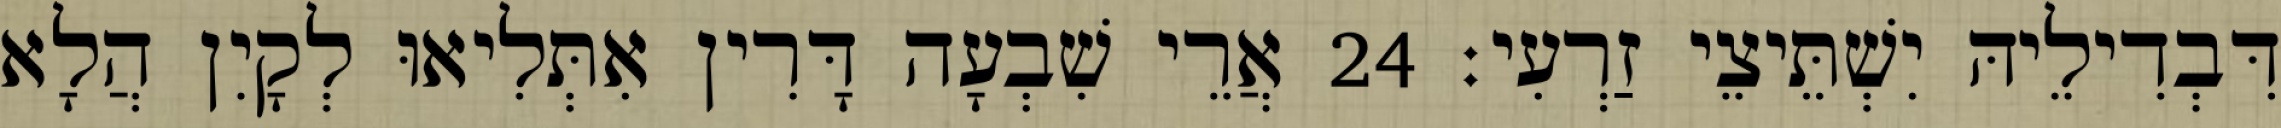
דִּבְדִילֵיהּ יִשְׁתֵּיצֵי זַרְעִי׃ 24 אֲרֵי שִׁבְעָה דָּרִין אִתְּלִיאוּ לְקָיִן הֲלָא